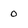
Character: 0